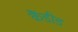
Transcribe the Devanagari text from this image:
कैंडीड